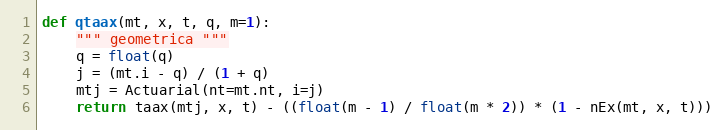
Language: Python
def qtaax(mt, x, t, q, m=1):
    """ geometrica """
    q = float(q)
    j = (mt.i - q) / (1 + q)
    mtj = Actuarial(nt=mt.nt, i=j)
    return taax(mtj, x, t) - ((float(m - 1) / float(m * 2)) * (1 - nEx(mt, x, t)))